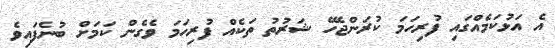
އެ އަޅުކަމެއްގައި ފުރިހަމަ ކުރަންޖެހޭ ޝަރުތު ތަކެއް ފުރިހަމަ ވެގެން ކަމަށް ބުނެފައިވެ